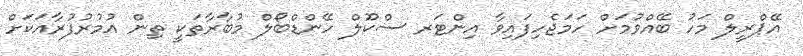
އޭޕްރީލް މަހު ބޭއްވުމަށް ހަމަޖެހިފައިވާ އިންޓަރ ސްކޫލް ހޭންޑްބޯލް މުބާރާތަކީ ތިން އުމުރުފުރާއަކަށް